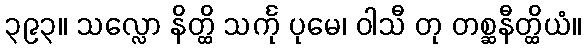
၃၉၃။ သလ္လော နိတ္ထိ သင်္ကု ပုမေ၊ ဝါသီ တု တစ္ဆနီတ္ထိယံ။